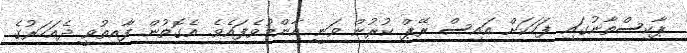
ޕާކިސްތާނުގައި ފަހަކަށް އައިސް ރޭޕް ކުރުން ވަނީ އާންމުވެފައެވެ. އެގޮތުން ފާއިތުވީ ދެއަހަރުގެ